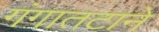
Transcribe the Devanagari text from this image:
गंगातटाने